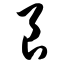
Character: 良